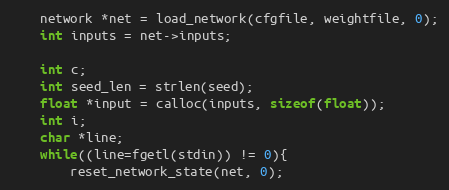
Language: C
    network *net = load_network(cfgfile, weightfile, 0);
    int inputs = net->inputs;

    int c;
    int seed_len = strlen(seed);
    float *input = calloc(inputs, sizeof(float));
    int i;
    char *line;
    while((line=fgetl(stdin)) != 0){
        reset_network_state(net, 0);